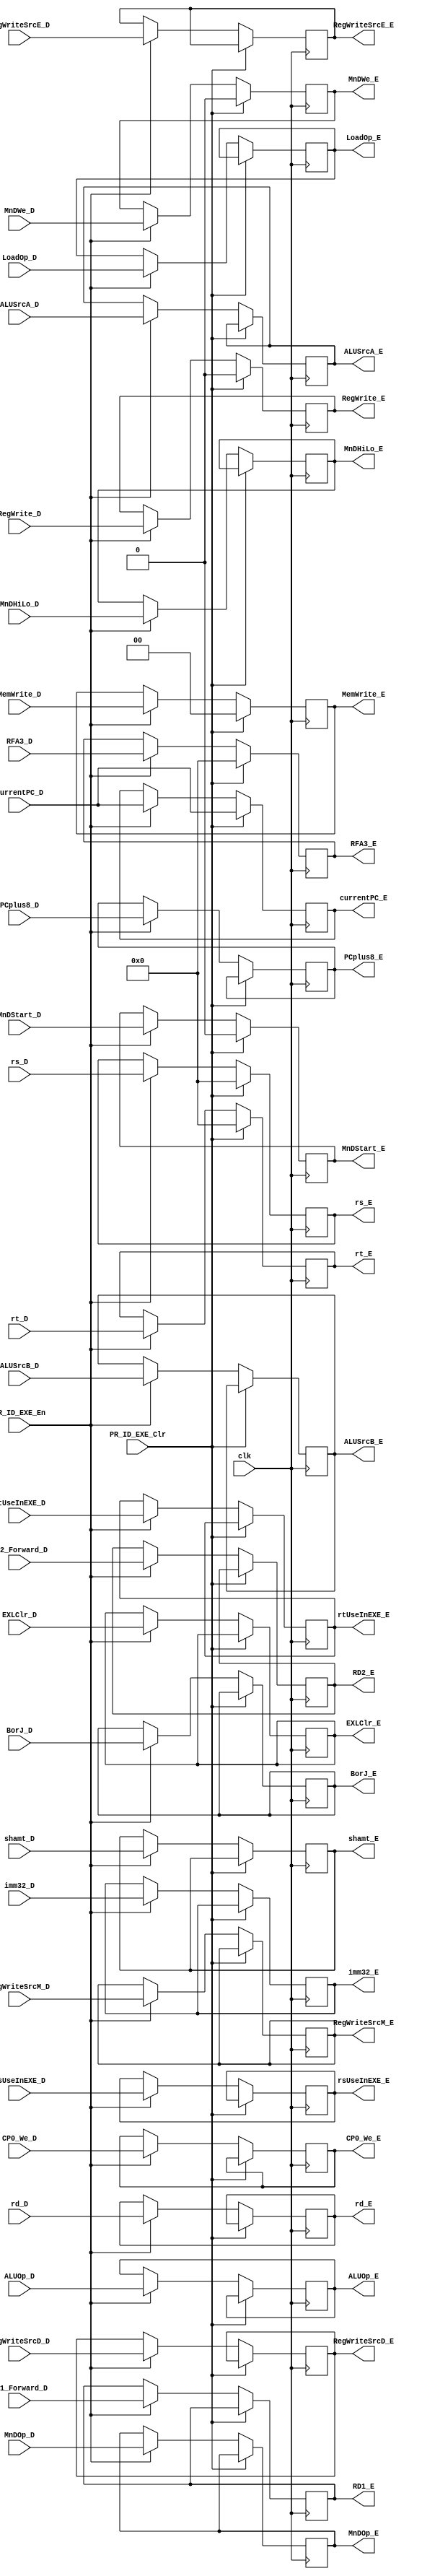
`timescale 1ns / 1ps
//////////////////////////////////////////////////////////////////////////////////
// Company: 
// Engineer: 
// 
// Design Name: 
// Module Name:    PR_ID_EXE 
// Project Name: 
// Target Devices: 
// Tool versions: 
// Description: 
//
// Dependencies: 
//
// Revision: 
// Revision 0.01 - File Created
// Additional Comments: 
//
//////////////////////////////////////////////////////////////////////////////////
module PR_ID_EXE(/*autoport*/
//output
			ALUSrcA_E,
			ALUSrcB_E,
			shamt_E,
			ALUOp_E,
			MemWrite_E,
			LoadOp_E,
			RegWrite_E,
			RegWriteSrcD_E,
			RegWriteSrcE_E,
			RegWriteSrcM_E,
			RD1_E,
			RD2_E,
			imm32_E,
			rs_E,
			rt_E,
			RFA3_E,
			PCplus8_E,
			rsUseInEXE_E,
			rtUseInEXE_E,
			MnDOp_E,
			MnDWe_E,
			MnDStart_E,
			MnDHiLo_E,
			currentPC_E,
			EXLClr_E,
			CP0_We_E,
			rd_E,
			BorJ_E,
//input
			clk,
			PR_ID_EXE_En,
			PR_ID_EXE_Clr,
			RD1_Forward_D,
			RD2_Forward_D,
			imm32_D,
			rs_D,
			rt_D,
			RFA3_D,
			PCplus8_D,
			ALUSrcA_D,
			ALUSrcB_D,
			shamt_D,
			ALUOp_D,
			MemWrite_D,
			LoadOp_D,
			RegWrite_D,
			RegWriteSrcD_D,
			RegWriteSrcE_D,
			RegWriteSrcM_D,
			rsUseInEXE_D,
			rtUseInEXE_D,
			MnDOp_D,
			MnDWe_D,
			MnDStart_D,
			MnDHiLo_D,
			currentPC_D,
			rd_D,
			EXLClr_D,
			CP0_We_D,
			BorJ_D);
	input clk;
	input PR_ID_EXE_En;
	input PR_ID_EXE_Clr;

	input [31:0] RD1_Forward_D,RD2_Forward_D,imm32_D;
	input [4:0] rs_D,rt_D,RFA3_D;
	input [31:0] PCplus8_D;
	input ALUSrcA_D;
	input ALUSrcB_D;
	input [4:0] shamt_D;
	input [3:0] ALUOp_D;
	input [1:0] MemWrite_D;
	input [2:0] LoadOp_D;
	input RegWrite_D;
	input RegWriteSrcD_D;
	input [1:0] RegWriteSrcE_D;
	input [1:0] RegWriteSrcM_D;
	input rsUseInEXE_D,rtUseInEXE_D;
	input [1:0] MnDOp_D;
	input MnDWe_D;
	input MnDStart_D;
	input MnDHiLo_D;
	input [31:0] currentPC_D;
	input [4:0] rd_D;
	input EXLClr_D;
	input CP0_We_D;
	input BorJ_D;
	
	output reg ALUSrcA_E;
	output reg ALUSrcB_E;
	output reg [4:0] shamt_E;
	output reg [3:0] ALUOp_E;
	output reg [1:0] MemWrite_E;
	output reg [2:0] LoadOp_E;
	output reg RegWrite_E;
	output reg RegWriteSrcD_E;
	output reg [1:0] RegWriteSrcE_E;
	output reg [1:0] RegWriteSrcM_E;
	output reg [31:0] RD1_E,RD2_E,imm32_E;
	output reg [4:0] rs_E,rt_E,RFA3_E;
	output reg [31:0] PCplus8_E;
	output reg rsUseInEXE_E,rtUseInEXE_E;
	output reg [1:0] MnDOp_E;
	output reg MnDWe_E;
	output reg MnDStart_E;
	output reg MnDHiLo_E;
	output reg [31:0] currentPC_E;
	output reg EXLClr_E;
	output reg CP0_We_E;
	output reg [4:0] rd_E;
	output reg BorJ_E;

	always@(posedge clk)
		begin
			if (PR_ID_EXE_Clr)
				begin
					RegWrite_E<=1'b0;
					MemWrite_E<=2'b0;
					MnDStart_E<=1'b0;
					MnDWe_E<=1'b0;
					rs_E<=5'b0;
					rt_E<=5'b0;
					RFA3_E<=5'b0;
					currentPC_E<=currentPC_D;
				end
			else if(PR_ID_EXE_En)
				begin
					RD1_E<=RD1_Forward_D;
					RD2_E<=RD2_Forward_D;
					imm32_E<=imm32_D;
					rs_E<=rs_D;
					rt_E<=rt_D;
					RFA3_E<=RFA3_D;
					PCplus8_E<=PCplus8_D;

					ALUSrcA_E<=ALUSrcA_D;
					ALUSrcB_E<=ALUSrcB_D;
					shamt_E<=shamt_D;
					ALUOp_E<=ALUOp_D;
					MemWrite_E<=MemWrite_D;
					LoadOp_E<=LoadOp_D;
					RegWrite_E<=RegWrite_D;
					RegWriteSrcD_E<=RegWriteSrcD_D;
					RegWriteSrcE_E<=RegWriteSrcE_D;
					RegWriteSrcM_E<=RegWriteSrcM_D;
					rsUseInEXE_E<=rsUseInEXE_D;
					rtUseInEXE_E<=rtUseInEXE_D;

					MnDOp_E<=MnDOp_D;
					MnDWe_E<=MnDWe_D;
					MnDStart_E<=MnDStart_D;
					MnDHiLo_E<=MnDHiLo_D;

					currentPC_E<=currentPC_D;
					EXLClr_E<=EXLClr_D;
					CP0_We_E<=CP0_We_D;
					rd_E<=rd_D;
					BorJ_E<=BorJ_D;
				end
		end
		
endmodule